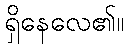
ရှိနေလေ၏။